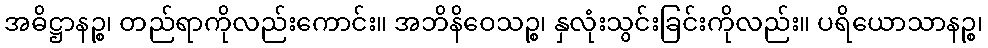
အဓိဋ္ဌာနဉ္စ၊ တည်ရာကိုလည်းကောင်း။ အဘိနိဝေသဉ္စ၊ နှလုံးသွင်းခြင်းကိုလည်း။ ပရိယောသာနဉ္စ၊